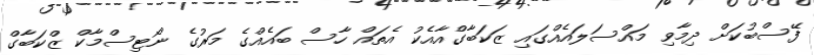
ފޭސްބުކަށް ދިމާވި މައްސަލައެއްގައި ޒަކަބާގްއާއެކު އެތައް ހާސް ބައެއްގެ މަރުގެ ނޯޓިސްމާކް ޒްކަބާގް